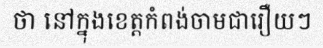
ថា នៅក្នុងខេត្តកំពង់ចាមជារឿយៗ